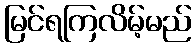
မြင်ရကြလိမ့်မည်